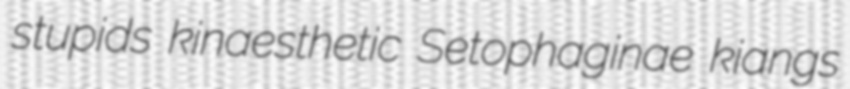
stupids kinaesthetic Setophaginae kiangs